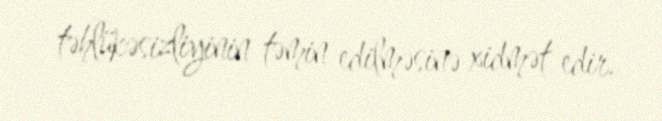
təhlükəsizliyinin təmin edilməsinə xidmət edir.